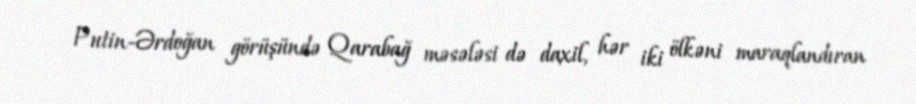
Putin-Ərdoğan görüşündə Qarabağ məsələsi də daxil, hər iki ölkəni maraqlandıran